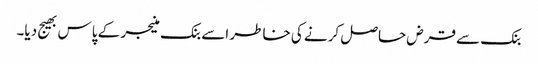
بنک سے قرض حاصل کرنے کی خاطر اسے بنک منیجر کے پاس بھیج دیا۔